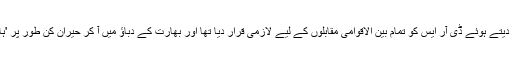
بین الاقوامی کرکٹ کونسل نے سال رواں کے وسط میں فیصلہ دیتے ہوئے ڈی آر ایس کو تمام بین الاقوامی مقابلوں کے لیے لازمی قرار دیا تھا اور بھارت کے دباؤ میں آ کر حیران کن طور پر 'ہاک آئی' کو اختیاری اور 'ہاٹ اسپاٹ' کو لازمی حیثیت دے دی۔